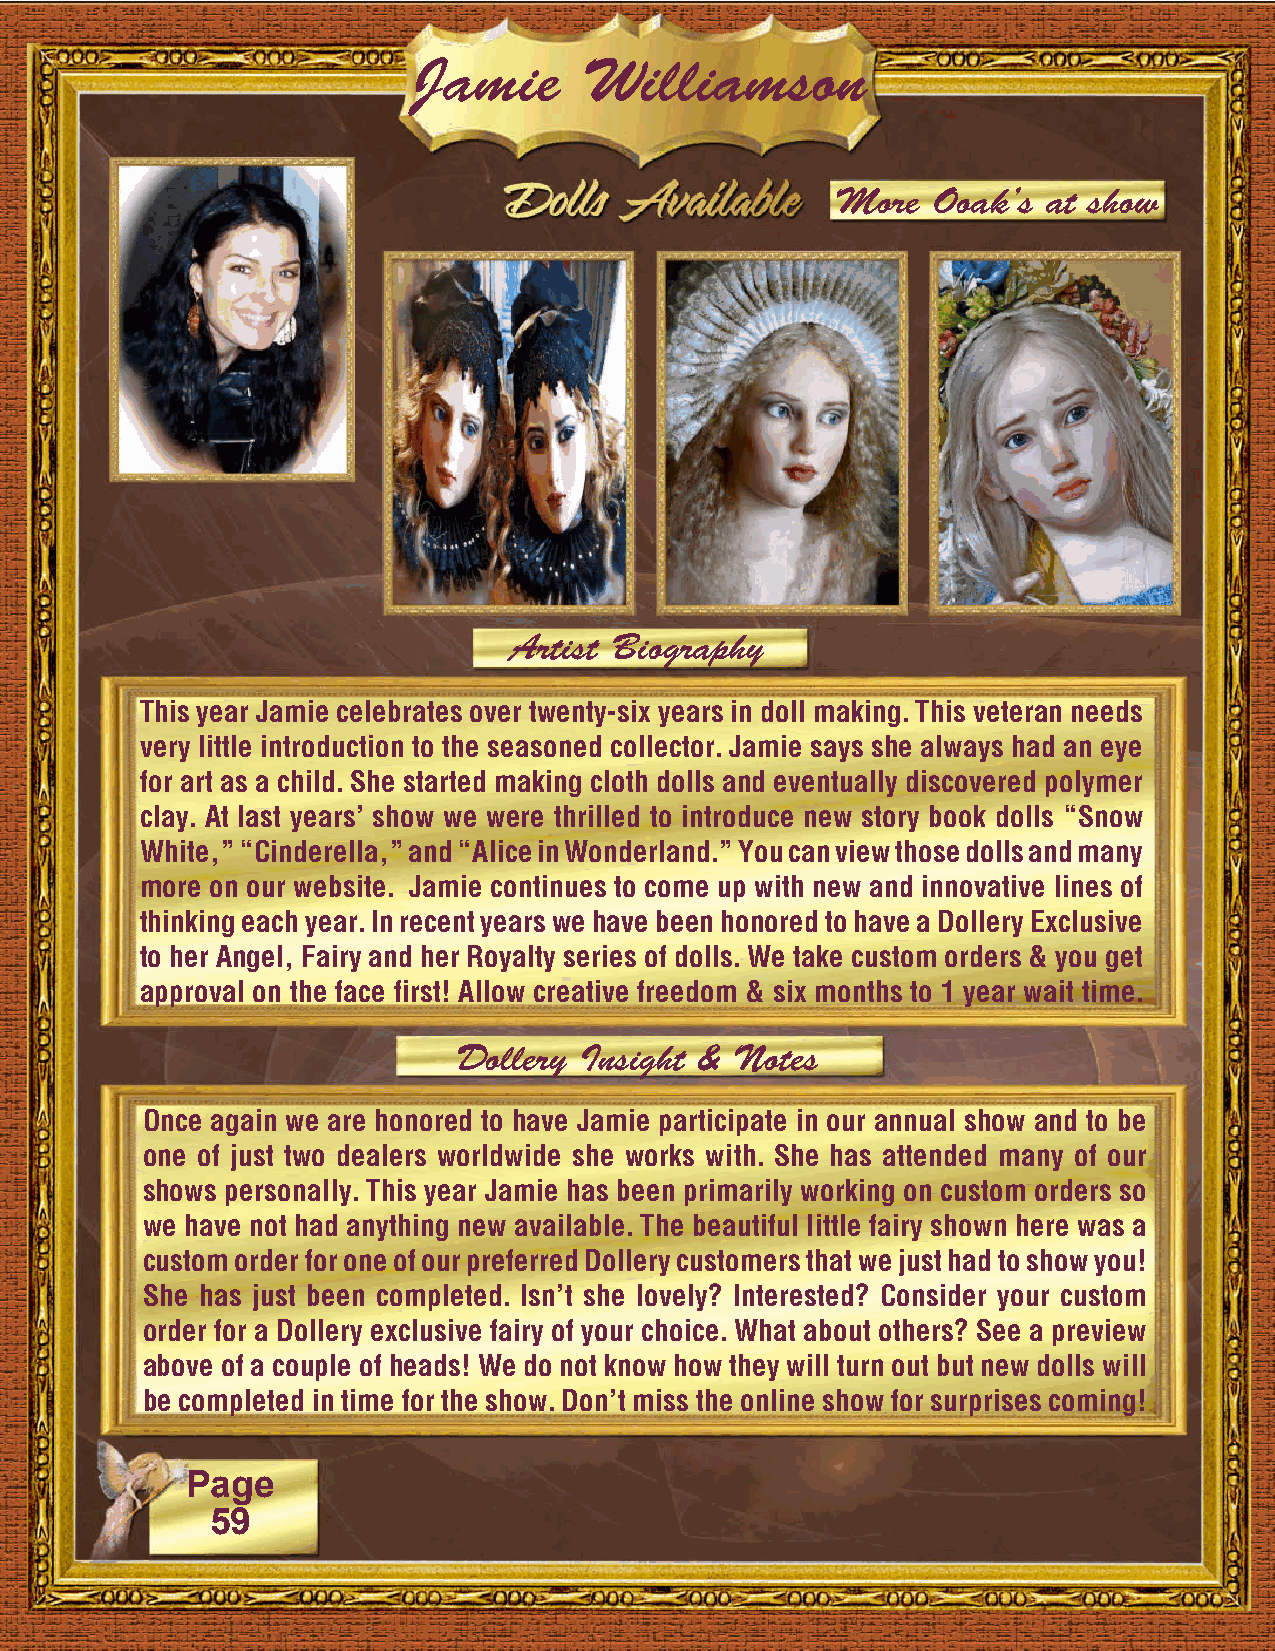
Jamie       Williamson
 More   Ooak’s at show
 Artist Biography
 This year Jamie celebrates over twenty-six years in doll making. This veteran needs
 very little introduction to the seasoned collector. Jamie says she always had an eye
 for art as a child. She started making cloth dolls and eventually discovered polymer
 clay. At last years’ show we were thrilled to introduce new story book dolls “Snow
 White,” “Cinderella,” and “Alice in Wonderland.” You can view those dolls and many
 more on our website. Jamie continues to come up with new and innovative lines of
 thinking each year. In recent years we have been honored to have a Dollery Exclusive
 to her Angel, Fairy and her Royalty series of dolls. We take custom orders & you get
 approval on the face first! Allow creative freedom & six months to 1 year wait time.
 Dollery Insight &  Notes
 Once again we are honored to have Jamie participate in our annual show and to be
 one of just two dealers worldwide she works with. She has attended many of our
 shows personally. This year Jamie has been primarily working on custom orders so
 we have not had anything new available. The beautiful little fairy shown here was a
 custom order for one of our preferred Dollery customers that we just had to show you!
 She has just been completed. Isn’t she lovely? Interested? Consider your custom
 order for a Dollery exclusive fairy of your choice. What about others? See a preview
 above of a couple of heads! We do not know how they will turn out but new dolls will
 be completed in time for the show. Don’t miss the online show for surprises coming!
 Page
 59